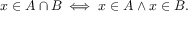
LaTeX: x \in A \cap B \iff x \in A \land x \in B .